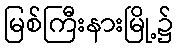
မြစ်ကြီးနားမြို့၌